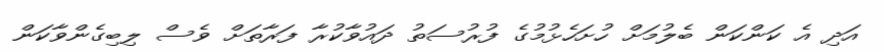
އަދި އެ ކަންކަން ބެލުމަށް ހުށަހެޅުމުގެ ފުރުސަތު ދައުވާކުރާ ފަރާތަށް ވެސް ލިބިގެންވާކަން